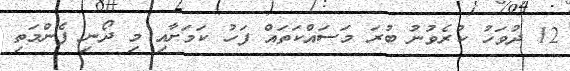
12 ދުވަހު ކުރެވުނު ބުރަ މަސައްކަތައް ފަހު ކަމަށާއި މި ދޯނި ފެންމަތި